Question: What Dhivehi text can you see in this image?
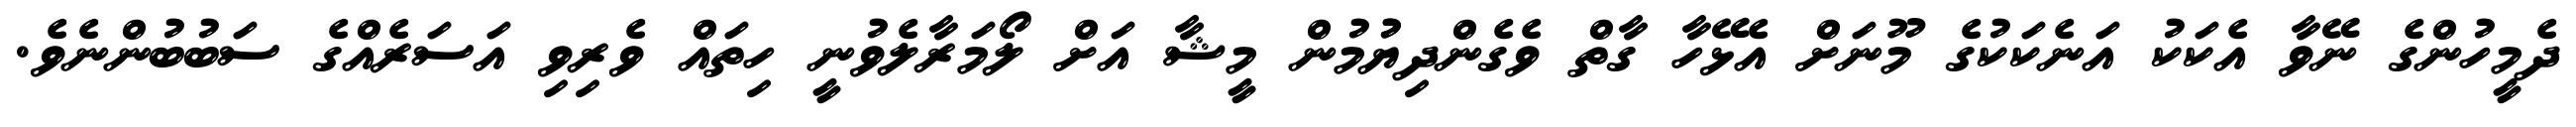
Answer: ދެމީހުންގެ ނޭވާ އެކަކު އަނެކަކުގެ މޫނަށް އެޅޭހާ ގާތް ވެގެންދިޔުުމުން މީޝާ އަށް ލޯމަރާލެވުނީ ހިތައް ވެރިވި އަސަރެއްގެ ސަބުބުންނެވެ.